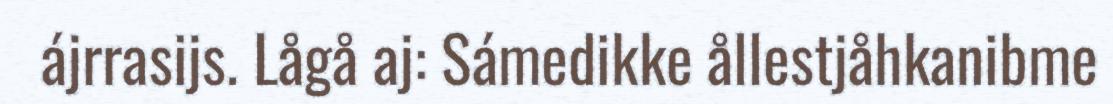
ájrrasijs. Lågå aj: Sámedikke ållestjåhkanibme